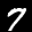
Label: 7